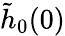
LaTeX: \tilde{h}_{0}(0)